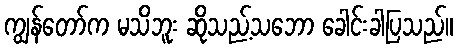
ကျွန်တော်က မသိဘူး ဆိုသည့်သဘော ခေါင်းခါပြသည်။